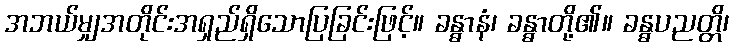
အဘယ်မျှအတိုင်းအရှည်ရှိသောပြခြင်းဖြင့်။ ခန္ဓာနံ၊ ခန္ဓာတို့၏။ ခန္ဓပညတ္တိ၊